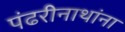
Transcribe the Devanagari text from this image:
पंढरीनाथांना